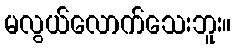
မလွယ်လောက်သေးဘူး။